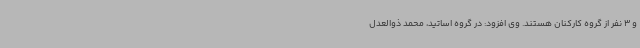
و 3 نفر از گروه کارکنان هستند. وی افزود:‌ در گروه اساتید، محمد ذوالعدل